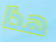
هذا